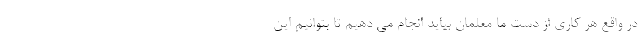
در واقع هر کاری از دست ما معلمان بیاید انجام می دهیم تا بتوانیم این